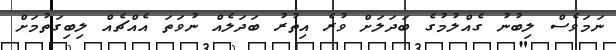
ނަމަވެސް ލިބުނު ގެއްލުމުގެ ބަދަލަށް ވުރެ އިތުރު ބަދަލެއް ނުވަތަ އެއްޗެއް ލިބިގަތުމަށް